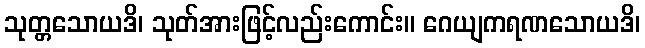
သုတ္တသောယဒိ၊ သုတ်အားဖြင့်လည်းကောင်း။ ဂေယျကရဏသောယဒိ၊